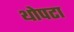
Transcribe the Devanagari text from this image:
थोपटा